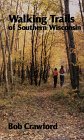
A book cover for Walking Trails of Southern Wisconsin (North Coast Book); Bob Crawford; Travel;